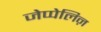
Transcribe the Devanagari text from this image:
जेप्पेलिऩ